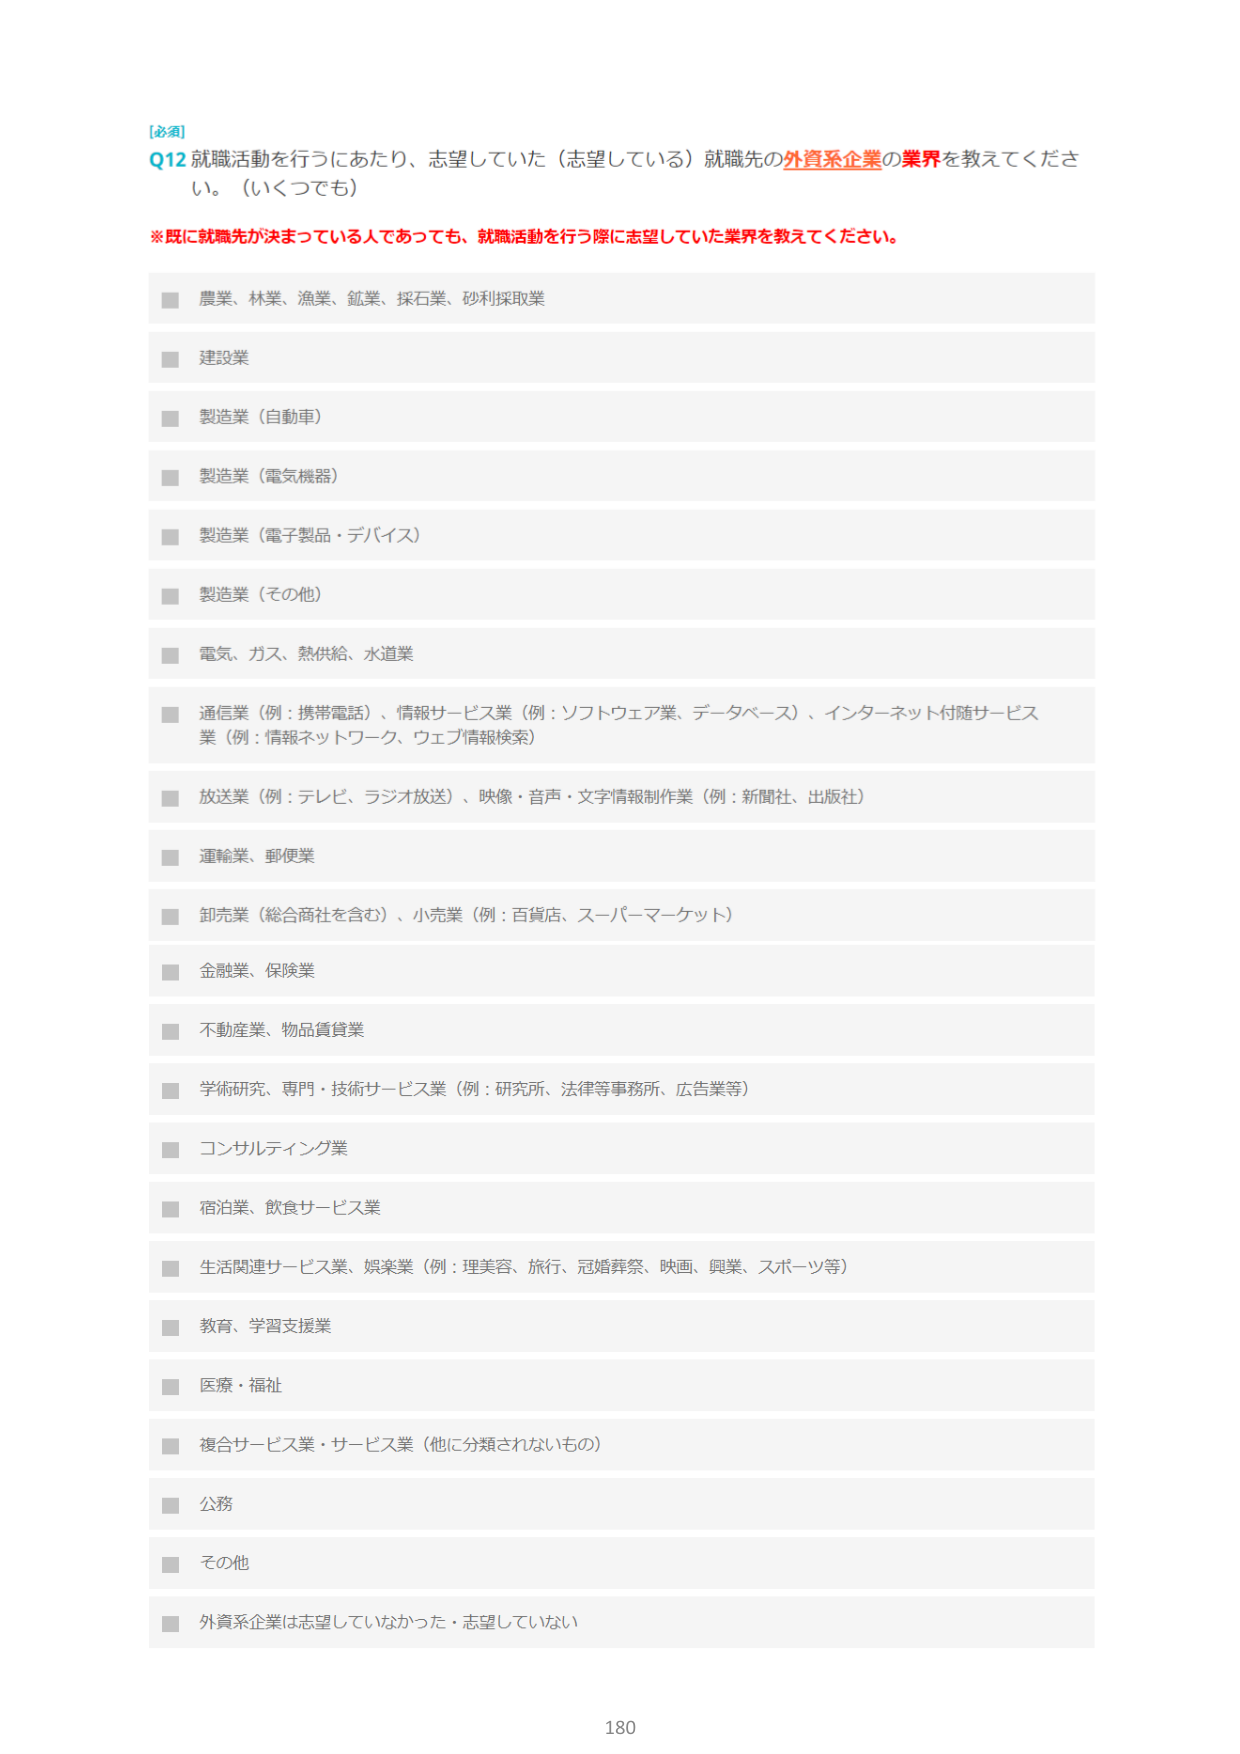
[必須]
Q12 就職活動を行うにあたり、志望していた（志望している）就職先の外資系企業の業界を教えてください。（いくつでも）

※既に就職先が決まっている人であっても、就職活動を行う際に志望していた業界を教えてください。

■ 農業、林業、漁業、鉱業、採石業、砂利採取業
■ 建設業
■ 製造業（自動車）
■ 製造業（電気機器）
■ 製造業（電子製品・デバイス）
■ 製造業（その他）
■ 電気、ガス、熱供給、水道業
■ 通信業（例：携帯電話）、情報サービス業（例：ソフトウェア業、データベース）、インターネット付随サービス業（例：情報ネットワーク、ウェブ情報検索）
■ 放送業（例：テレビ、ラジオ放送）、映像・音声・文字情報制作業（例：新聞社、出版社）
■ 運輸業、郵便業
■ 卸売業（総合商社を含む）、小売業（例：百貨店、スーパーマーケット）
■ 金融業、保険業
■ 不動産業、物品賃貸業
■ 学術研究、専門・技術サービス業（例：研究所、法律等事務所、広告業等）
■ コンサルティング業
■ 宿泊業、飲食サービス業
■ 生活関連サービス業、娯楽業（例：理美容、旅行、冠婚葬祭、映画、興業、スポーツ等）
■ 教育、学習支援業
■ 医療・福祉
■ 複合サービス業・サービス業（他に分類されないもの）
■ 公務
■ その他
■ 外資系企業は志望していなかった・志望していない

180